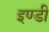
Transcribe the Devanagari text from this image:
इण्डी